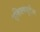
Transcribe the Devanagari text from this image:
एक्जिक्युटीव